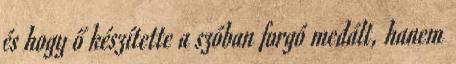
és hogy ő készítette a szóban forgó medált, hanem